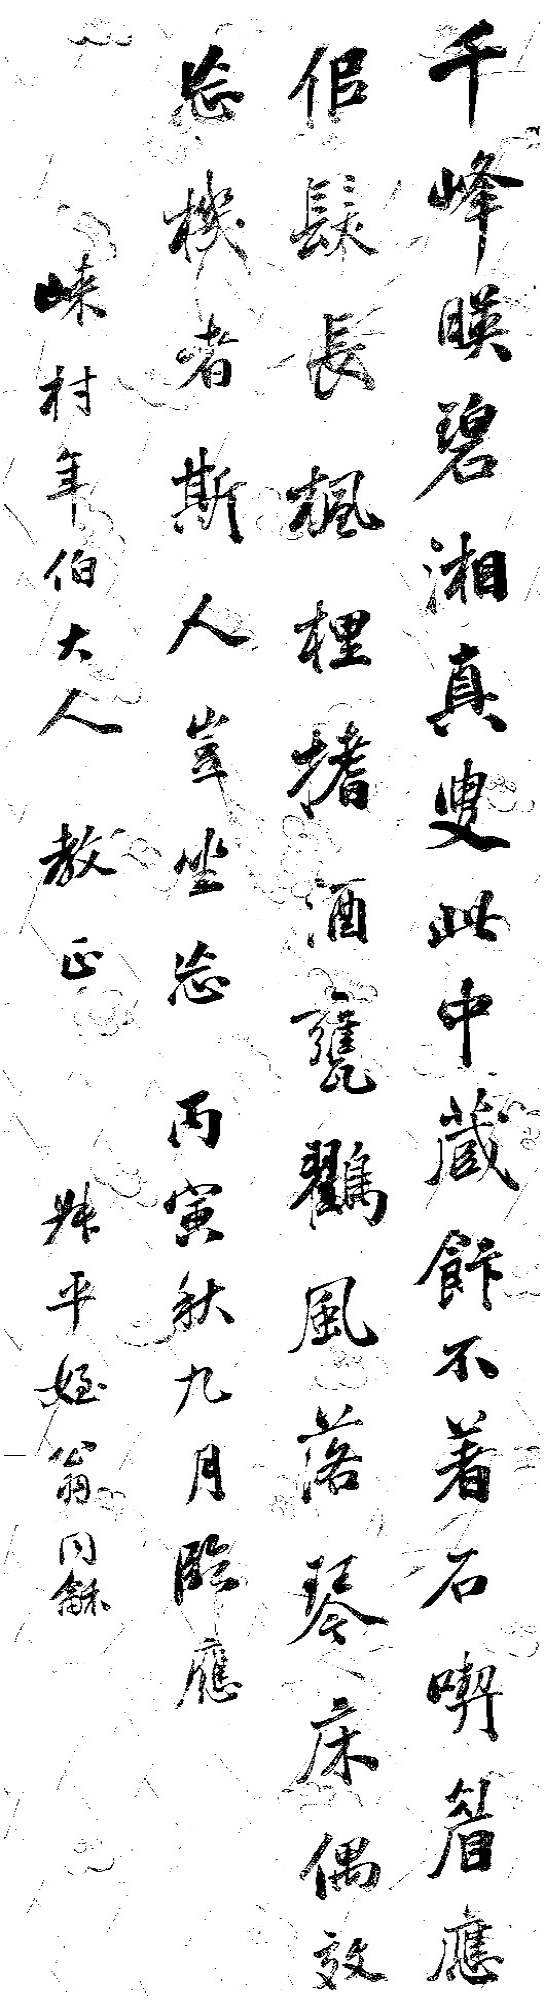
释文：千峰暎碧湘，真叟此中藏。饭不着石吃，眉应似发长。枫梩搘酒瓮，鸐风落琴床。偶效忘机者，斯人岂坐忘。丙寅秋九月，临应崃村年伯大人教正。叔平姪翁同龢。